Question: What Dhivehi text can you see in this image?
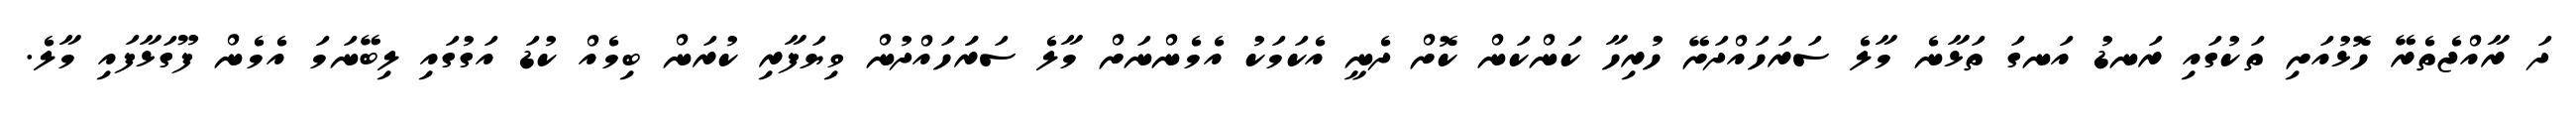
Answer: ދަ ރާއްޖެތެރޭ ހޮޅުއަށި ތަކުގައި ރަނޑު އަނގަ ތަޅާނެ މާލެ ސަރަހައްދަށޭ ހުރިހާ ކަންކަން ކޮށް ދެނީ އެކަމަކު އެމެންނަށް މާލެ ސަރަަހައްދުން ވިޔަފާރި ކުރަން ބިމެއް ކުޑަ އަގުގައި ލިބޭނަމަ އެމެން ފޫގަޅާފައި މާލެ.